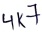
Text: 4K7